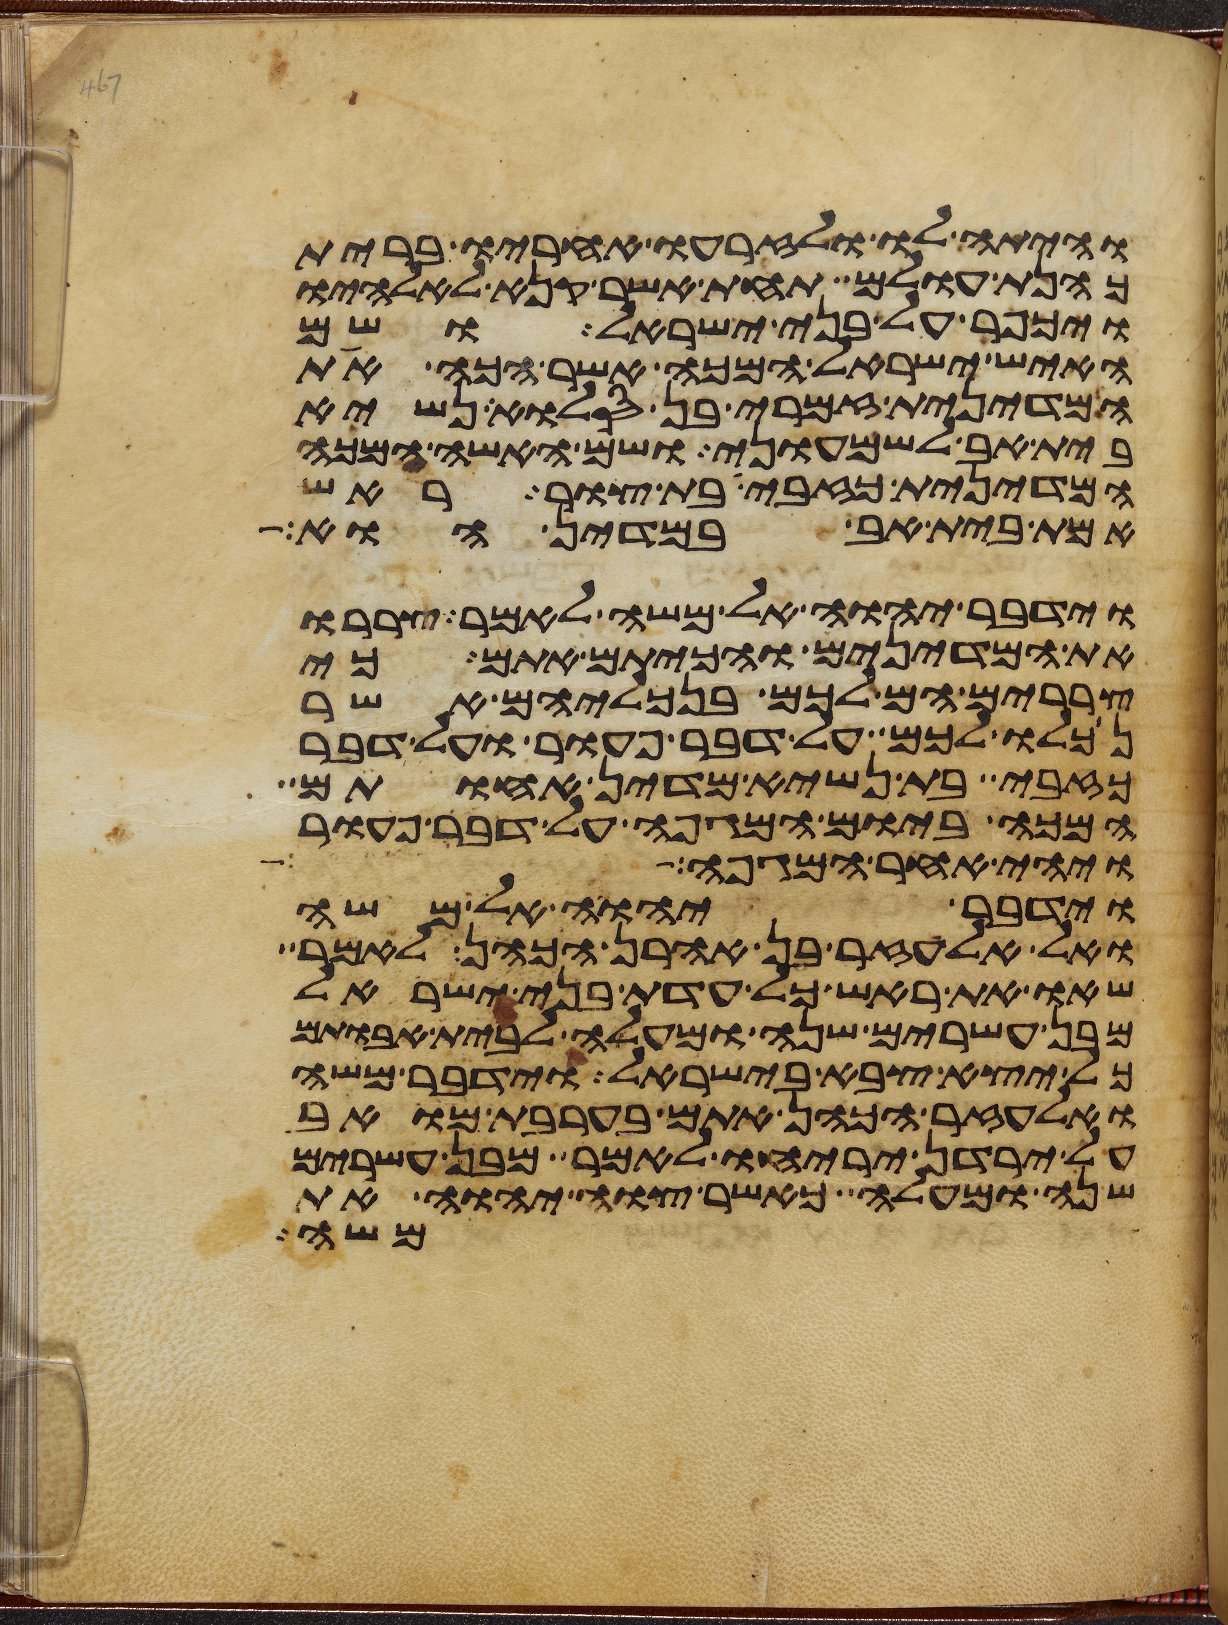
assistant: והיתה לו ולזרעו אחריו ברית
כהנת עולם תחת אשר קנא לאלהיו
ויכפר על בני ישראל ושם
האיש ישראל המכה אשר הכה את
המדינית זמרי בן סלוא נשיא
בית אב לשמעוני ושם האשה המכה
המדינית כזבית בת צור ראש
אמת בית אב במדין הוא
וידבר יהוה אל משה לאמר צררו
את המדינים והכיתם אתם כי
צררים הם לכם בנכליהם אשר
נכלו לכם על דבר פעור ועל דבר
כזבי בת נשיא מדין אחותם
המכה ביום המגפה על דבר פעור
ויהי אחר המגפה
וידבר יהוה אל משה
ואל אלעזר בן אהרן הכהן לאמר
שאו את ראש כל עדת בני ישראל
מבן עשרים שנה ומעלה לבית אבותם
כל יצא צבא בישראל וידבר משה
ואלעזר הכהן אתם בערבת מואב
על ירדן יריחו לאמר מבן עשרים
שנה ומעלה כאשר צוה יהוה את
משה